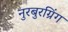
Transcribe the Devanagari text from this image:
नुरबुरग्रिंग